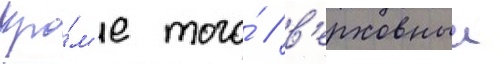
Кро́м'е того́ / в'ерховныи